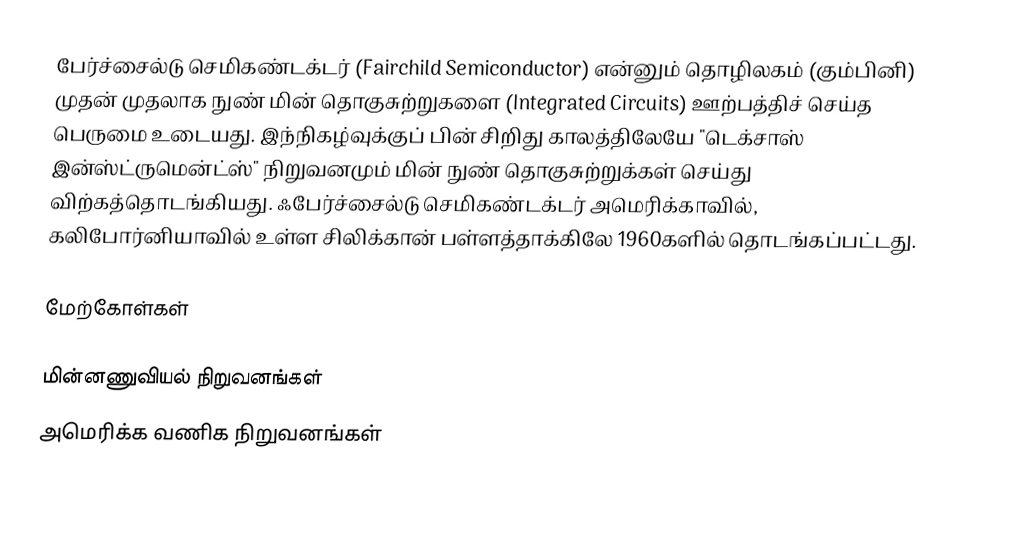
பேர்ச்சைல்டு செமிகண்டக்டர் (Fairchild Semiconductor) என்னும் தொழிலகம் (கும்பினி) முதன் முதலாக நுண் மின் தொகுசுற்றுகளை (Integrated Circuits) ஊற்பத்திச் செய்த பெருமை உடையது. இந்நிகழ்வுக்குப் பின் சிறிது காலத்திலேயே "டெக்சாஸ் இன்ஸ்ட்ருமென்ட்ஸ்" நிறுவனமும் மின் நுண் தொகுசுற்றுக்கள் செய்து விற்கத்தொடங்கியது. ஃபேர்ச்சைல்டு செமிகண்டக்டர் அமெரிக்காவில், கலிபோர்னியாவில் உள்ள சிலிக்கான் பள்ளத்தாக்கிலே 1960களில் தொடங்கப்பட்டது.

மேற்கோள்கள்

மின்னணுவியல் நிறுவனங்கள்
அமெரிக்க வணிக நிறுவனங்கள்